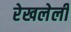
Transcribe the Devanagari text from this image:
रेखलेली